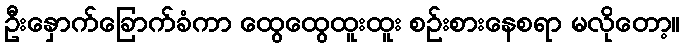
ဦးနှောက်ခြောက်ခံကာ ထွေထွေထူးထူး စဉ်းစားနေစရာ မလိုတော့။